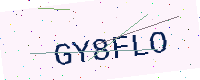
Text: GY8FLO